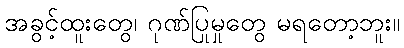
အခွင့်ထူးတွေ၊ ဂုဏ်ပြုမှုတွေ မရတော့ဘူး။